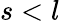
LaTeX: s<l